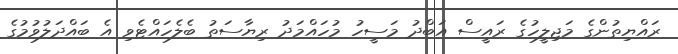
ރައްޔިތުންގެ މަޖިލީހުގެ ރައީސް އަބްދު މަސީހު މުހައްމަދު ރިޔާސަތު ބެލެހައްޓެވި އެ ބައްދަލުވުމުގެ